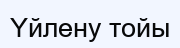
Үйлену тойы